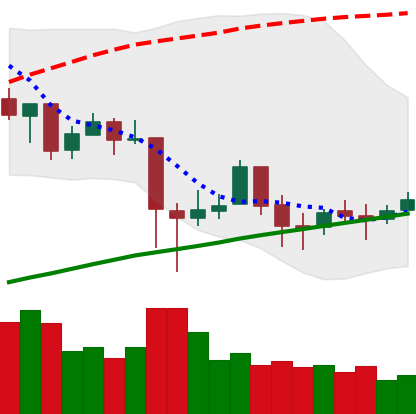
Ticker: BTC-USD
Chart end date: 2018-01-28
Forward return: -25.076%
Label: down_7plus